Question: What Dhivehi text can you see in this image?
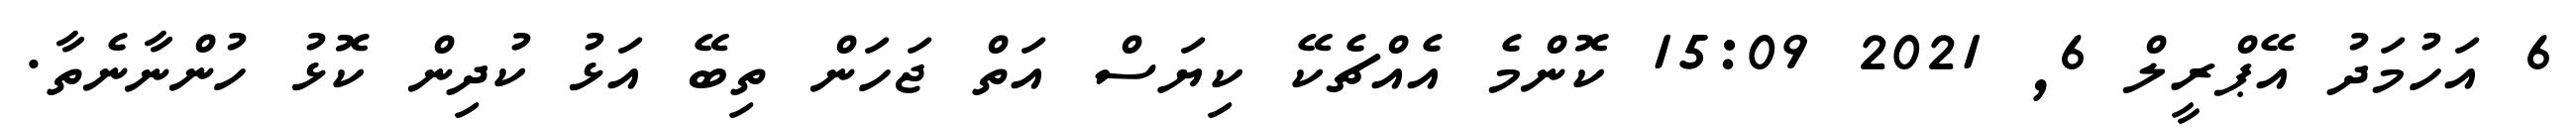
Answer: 6 އަހުމަދު އޭޕްރީލް 6, 2021 15:09 ކޮންމެ އެއްޗެކޭ ކިޔަސް އަތް ޖަހަން ތިބޭ އަޅު ކުދިން ކޮޅު ހުންނާނެތާ.